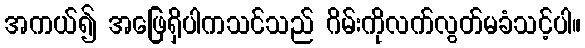
အကယ်၍ အဖြေရှိပါကသင်သည် ဂိမ်းကိုလက်လွတ်မခံသင့်ပါ။